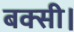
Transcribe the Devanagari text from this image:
बक्सी।